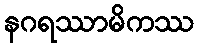
နဂရဿာမိကဿ